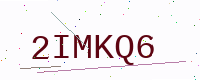
Text: 2IMKQ6